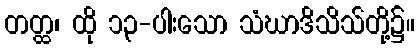
တတ္ထ၊ ထို ၁၃-ပါးသော သံဃာဒိသိသ်တို့၌။